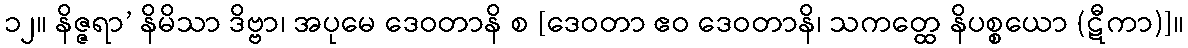
၁၂။ နိဇ္ဇရာ’ နိမိသာ ဒိဗ္ဗာ၊ အပုမေ ဒေဝတာနိ စ [ဒေဝတာ ဧဝ ဒေဝတာနိ၊ သကတ္ထေ နိပစ္စယော (ဋီကာ)]။